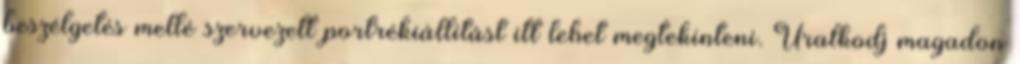
beszélgetés mellé szervezett portrékiállítást itt lehet megtekinteni. Uralkodj magadon